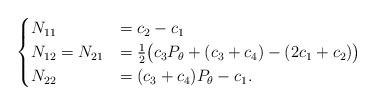
LaTeX: \begin{align*} \begin{cases} N_{11}&=c_2-c_1\\ N_{12}=N_{21}&= \tfrac{1}{2}\big(c_3P_\theta+(c_3+c_4) -(2c_1+c_2)\big)\\ N_{22}&=(c_3+c_4)P_\theta-c_1.\end{cases}\end{align*}